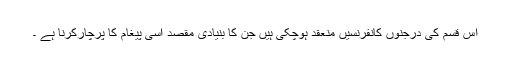
اس قسم کی درجنوں کانفرنسیں منعقد ہوچکی ہیں جن کا بنیادی مقصد اسی پیغام کا پرچارکرنا ہے ۔